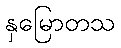
နှမြောတသ